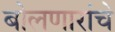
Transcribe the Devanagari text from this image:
बोलणारांचे